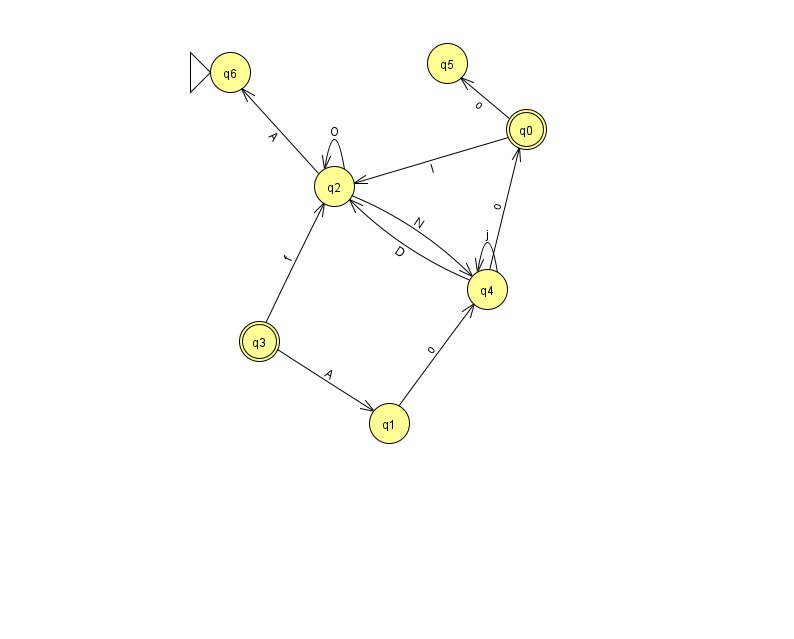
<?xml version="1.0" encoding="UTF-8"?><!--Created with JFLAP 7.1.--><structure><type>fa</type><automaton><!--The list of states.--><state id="0" name="q0"><x>526.0</x><y>116.0</y><final/></state><state id="1" name="q1"><x>389.0</x><y>410.0</y></state><state id="2" name="q2"><x>334.0</x><y>173.0</y></state><state id="3" name="q3"><x>259.0</x><y>328.0</y><final/></state><state id="4" name="q4"><x>487.0</x><y>276.0</y></state><state id="5" name="q5"><x>447.0</x><y>50.0</y></state><state id="6" name="q6"><x>230.0</x><y>59.0</y><initial/></state><!--The list of transitions.--><transition><from>2</from><to>4</to><read>N</read></transition><transition><from>3</from><to>1</to><read>A</read></transition><transition><from>3</from><to>2</to><read>f</read></transition><transition><from>1</from><to>4</to><read>o</read></transition><transition><from>4</from><to>0</to><read>o</read></transition><transition><from>4</from><to>2</to><read>D</read></transition><transition><from>4</from><to>4</to><read>j</read></transition><transition><from>0</from><to>2</to><read>I</read></transition><transition><from>2</from><to>6</to><read>A</read></transition><transition><from>0</from><to>5</to><read>o</read></transition><transition><from>2</from><to>2</to><read>O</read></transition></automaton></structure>